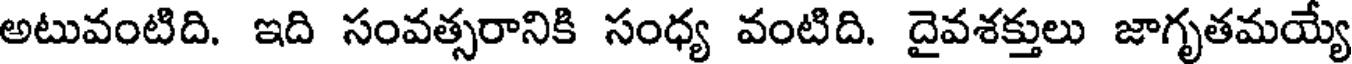
అటువంటిది. ఇది సంవత్సరానికి సంధ్య వంటిది. దైవశక్తులు జాగృతమయ్యే